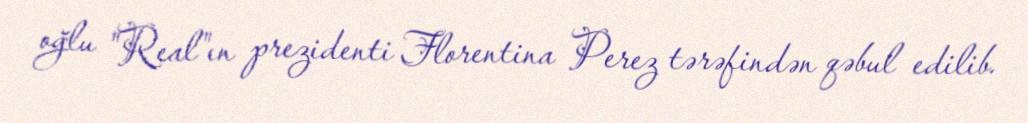
oğlu "Real"ın prezidenti Florentina Perez tərəfindən qəbul edilib.